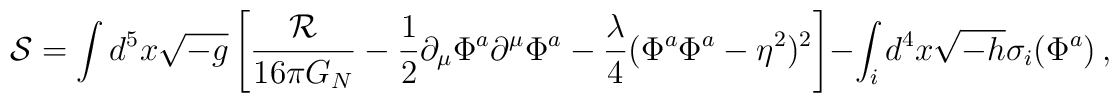
{\cal S} = \int d^5x\sqrt{-g}\left[ {{\cal R}\over 16\pi G_N}-{1\over 2}\partial_\mu\Phi^a \partial^\mu\Phi^a-{\lambda\over 4}(\Phi^a\Phi^a -\eta^2)^2 \right]-\int_i d^4x\sqrt{-h} \sigma_i(\Phi^a)\,,